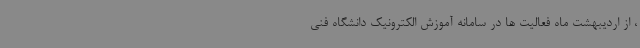
، از اردیبهشت ماه فعالیت ها در سامانه آموزش الکترونیک دانشگاه فنی